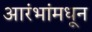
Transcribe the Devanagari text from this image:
आरंभांमधून